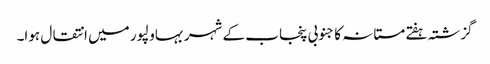
گزشتہ ہفتے مستانہ کا جنوبی پنجاب کے شہر بہاولپور میں انتقال ہوا۔